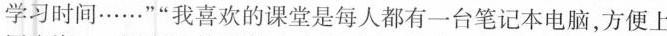
学习时间……””我喜欢的课堂是每人都有一台笔记本电脑，方便上